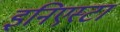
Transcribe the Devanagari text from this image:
इनिएस्टा